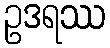
ဥဒရဿ